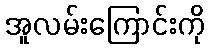
အူလမ်းကြောင်းကို